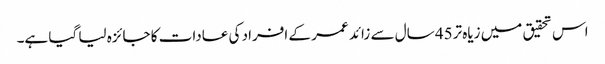
اس تحقیق میں زیاہ تر45 سال سے زائد عمر کے افراد کی عادات کا جائزہ لیا گیا ہے۔